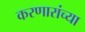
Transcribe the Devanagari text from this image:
करणारांच्या